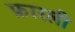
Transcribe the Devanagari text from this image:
फ़ारली